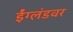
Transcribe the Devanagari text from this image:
ईंग्लंडवर